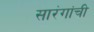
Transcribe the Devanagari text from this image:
सारंगांची